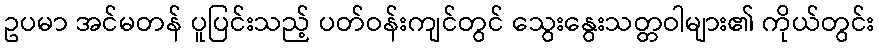
ဥပမာ အင်မတန် ပူပြင်းသည့် ပတ်ဝန်းကျင်တွင် သွေးနွေးသတ္တဝါများ၏ ကိုယ်တွင်း